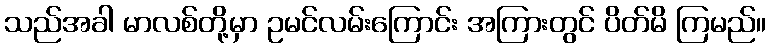
သည်အခါ မာလစ်တို့မှာ ဥမင်လမ်းကြောင်း အကြားတွင် ပိတ်မိ ကြမည်။